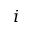
i